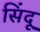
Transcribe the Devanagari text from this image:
सिंदू